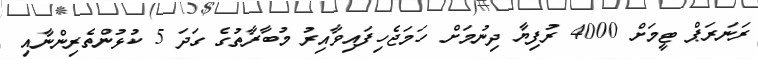
ރަނަރަޕް ޓީމަށް 4000 ރުފިޔާ ދިނުމަށް ހަމަޖެހިފައިވާއިރު މުބާރާތުގެ ގަދަ 5 ކުޅުންތެރިންނާއި